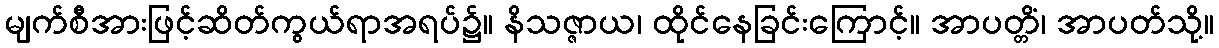
မျက်စီအားဖြင့်ဆိတ်ကွယ်ရာအရပ်၌။ နိသဇ္ဇာယ၊ ထိုင်နေခြင်းကြောင့်။ အာပတ္တိံ၊ အာပတ်သို့။